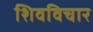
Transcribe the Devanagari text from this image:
शिवविचार